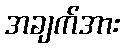
အချက်အား